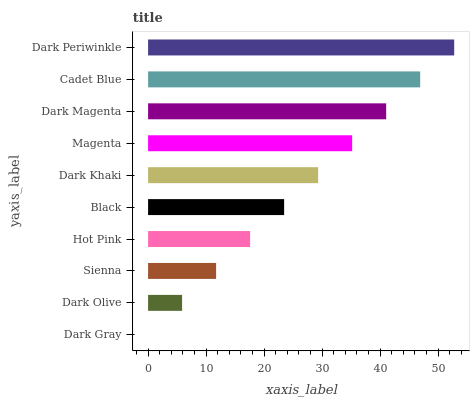
| yaxis_label | bars |
 | --- | --- |
 | Dark Gray | 0 |
 | Dark Olive | 5.86 |
 | Sienna | 11.7 |
 | Hot Pink | 17.6 |
 | Black | 23.5 |
 | Dark Khaki | 29.3 |
 | Magenta | 35.2 |
 | Dark Magenta | 41 |
 | Cadet Blue | 46.9 |
 | Dark Periwinkle | 52.8 |